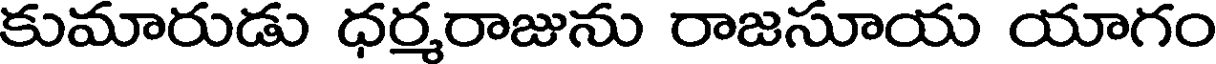
కుమారుడు ధర్మరాజును రాజసూయ యాగం